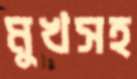
মুখসহ